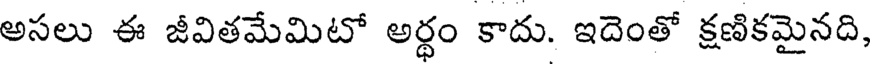
అసలు ఈ జీవితమేమిటో అర్ధం కాదు. ఇదెంతో క్షణికమైనది,